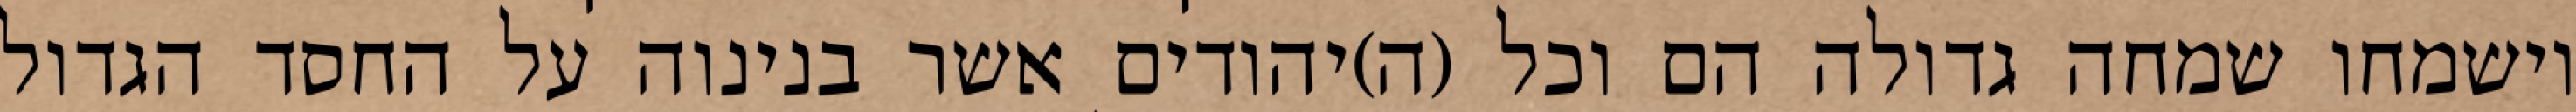
וישמחו שמחה גדולה הם וכל (ה)יהודים אשר בנינוה על החסד הגדול